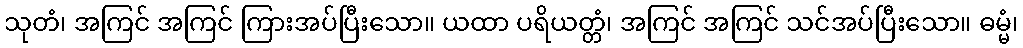
သုတံ၊ အကြင် အကြင် ကြားအပ်ပြီးသော။ ယထာ ပရိယတ္တံ၊ အကြင် အကြင် သင်အပ်ပြီးသော။ ဓမ္မံ၊